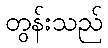
တွန်းသည်